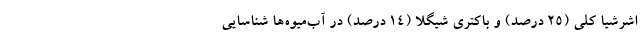
اشرشیا کلی (۲۵ درصد) و باکتری شیگلا (۱۴ درصد) در آب‌میوه‌ها شناسایی